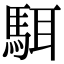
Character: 駬